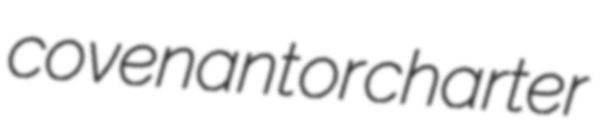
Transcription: covenant or charter